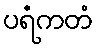
ပရံကတံ